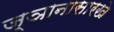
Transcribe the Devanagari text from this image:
ज्ञानासारखे